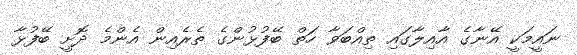
ނައީމަކީ އޭނާގެ އާއިލާގައި ތިއްބަވާ ހަތް ބޭފުޅުންގެ ތެރެއިން އެންމެ ދޮށީ ބޭފުޅާ